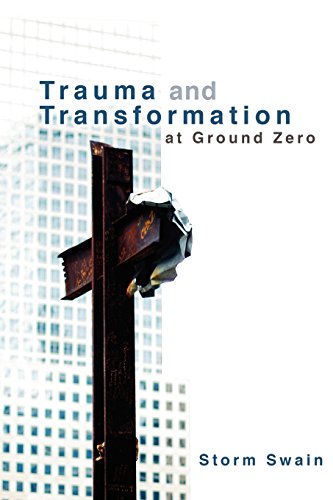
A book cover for Trauma and Transformation at Ground Zero: A Pastoral Theology; Storm Swain; Religion & Spirituality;